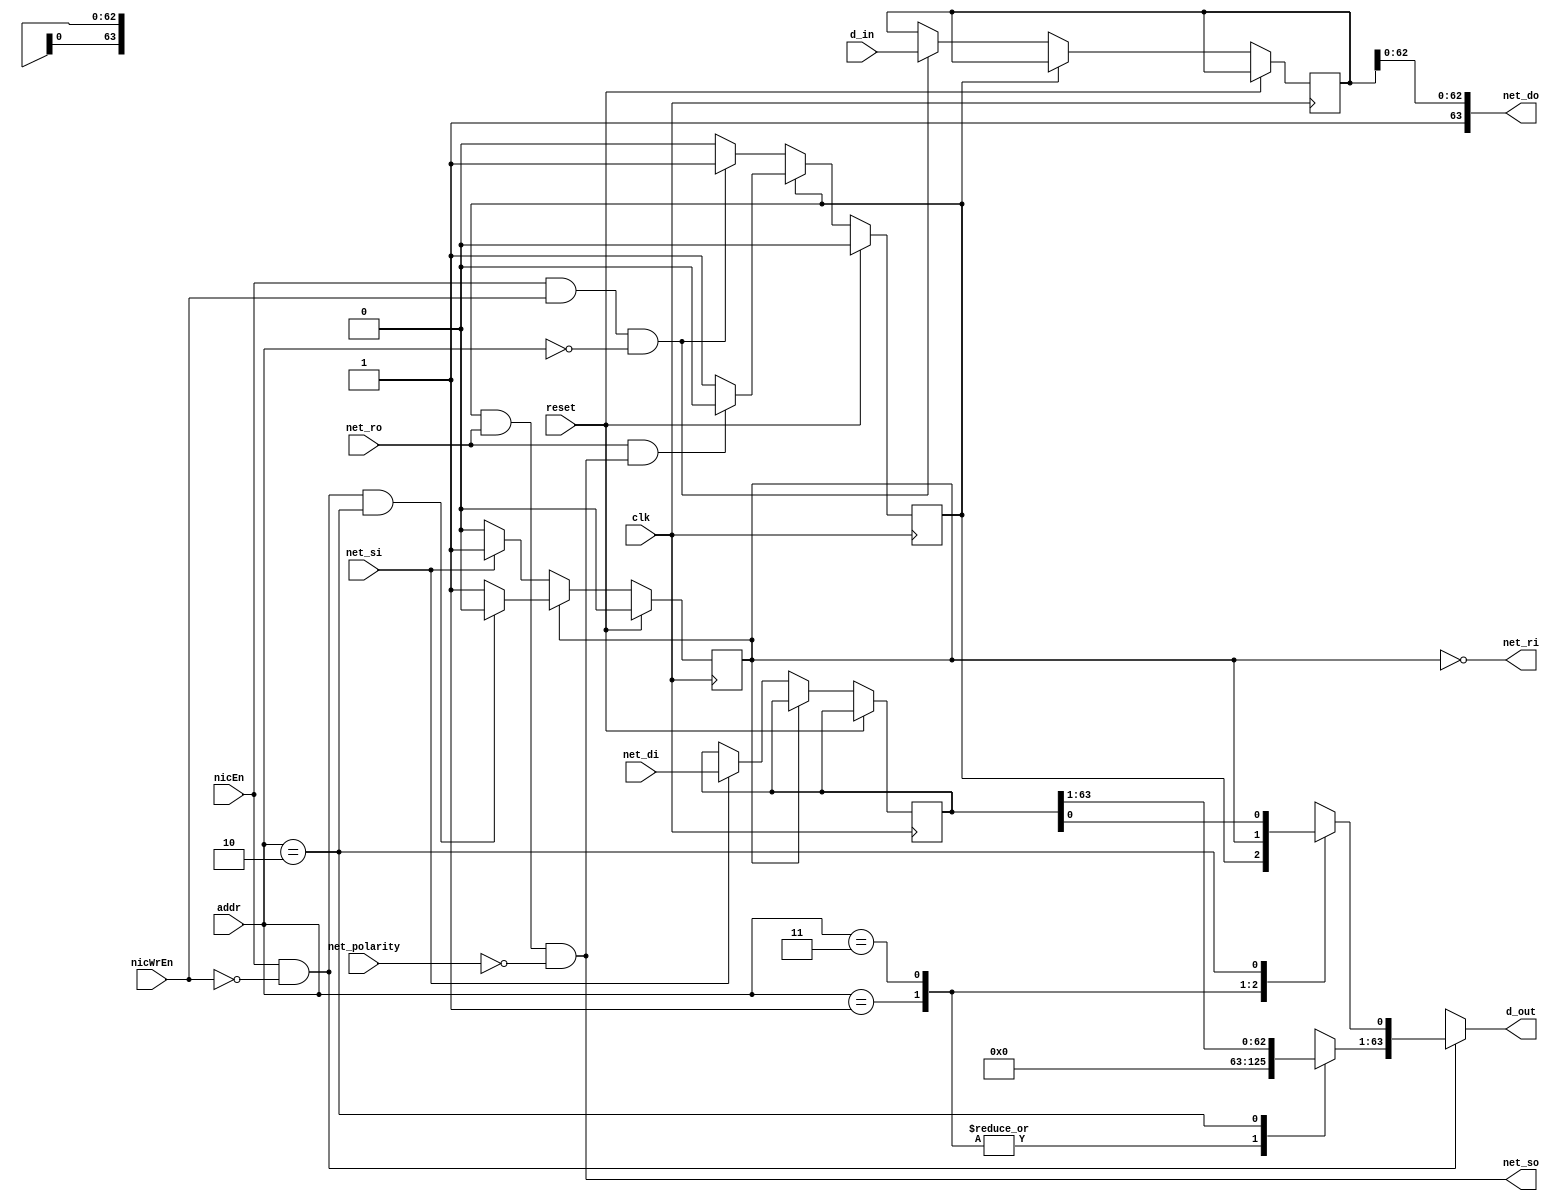
module gold_nic0(clk,reset,addr,d_in,nicEn,nicWrEn,net_polarity,net_ro,net_si,net_di,d_out,net_so,net_ri,net_do);

	wire parity = 1'b1;

	input clk,reset;

	input [0:1] addr;
	input [0:63] d_in;
	input nicEn, nicWrEn;
	output reg  [0:63] d_out;

	input net_polarity;
	input net_ro, net_si;
	input [0:63] net_di;
	output reg net_so, net_ri;
	output wire [0:63] net_do;

	reg output_status_reg, input_status_reg;
	reg [0:63] output_buffer, input_buffer;

	// wire [0:63] d_out_temp;
	
	assign net_do = {parity, output_buffer[1:63]};
	// assign d_out_temp = input_buffer;
	
	always@(*)
	begin
		net_ri = ~ input_status_reg;
        net_so = output_status_reg & net_ro & (net_polarity == !parity);
		
		
		d_out = 64'dx;
		if(nicEn && !nicWrEn)    
          begin
               case(addr)
               2'b01:   begin
							d_out[63] = output_status_reg;
							d_out[0:62] = 0;  //load output_status_reg into register file
                        end
               2'b11:   begin
							d_out[63] = input_status_reg;
							d_out[0:62] = 0;  //load input_status_reg into register file
                        end     
               2'b10:   begin
                            d_out = input_buffer;  //load input_buffer into register file                    
                        end
               default: begin
                             
                        end
               endcase
          end
		
	end
	
	always@(posedge clk)
	begin
		if(reset)
		begin
			output_status_reg <= 0;
			input_status_reg <= 0;
		end
		else
		begin
			if(!output_status_reg)
			begin
				if((nicEn) && (nicWrEn) && (addr == 2'b00)) //store data from processor to NIC
				begin
					output_buffer <= d_in; 
					output_status_reg <= 1;
                end        
			end
			else//(output_status_reg == 1)
			begin
				if(net_ro && net_so)    //send data from NIC to router
				begin
                    output_status_reg <= 0; 
				end
            end
			
			
			if(!input_status_reg)
			begin
				if(net_si)     //send data from router to NIC
                begin
					input_buffer <= net_di;
					input_status_reg <= 1; 
				end
			end
			else//(input_status_reg == 1)
			begin
				if((nicEn) && (!nicWrEn) && (addr == 2'b10))//load data from NIC to processor 
                begin
					input_status_reg <= 0;
				end        
			end

		end
	end

endmodule